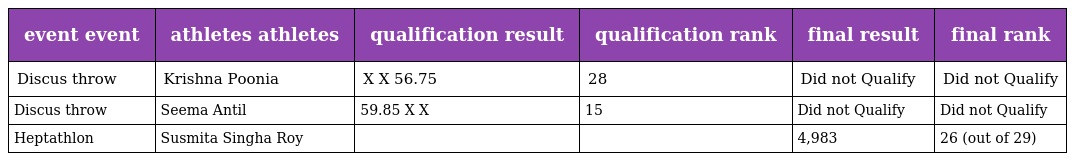
| event event | athletes athletes | qualification result | qualification rank | final result | final rank |
 | --- | --- | --- | --- | --- | --- |
 | Discus throw | Krishna Poonia | X X 56.75 | 28 | Did not Qualify | Did not Qualify |
 | Discus throw | Seema Antil | 59.85 X X | 15 | Did not Qualify | Did not Qualify |
 | Heptathlon | Susmita Singha Roy |  |  | 4,983 | 26 (out of 29) |